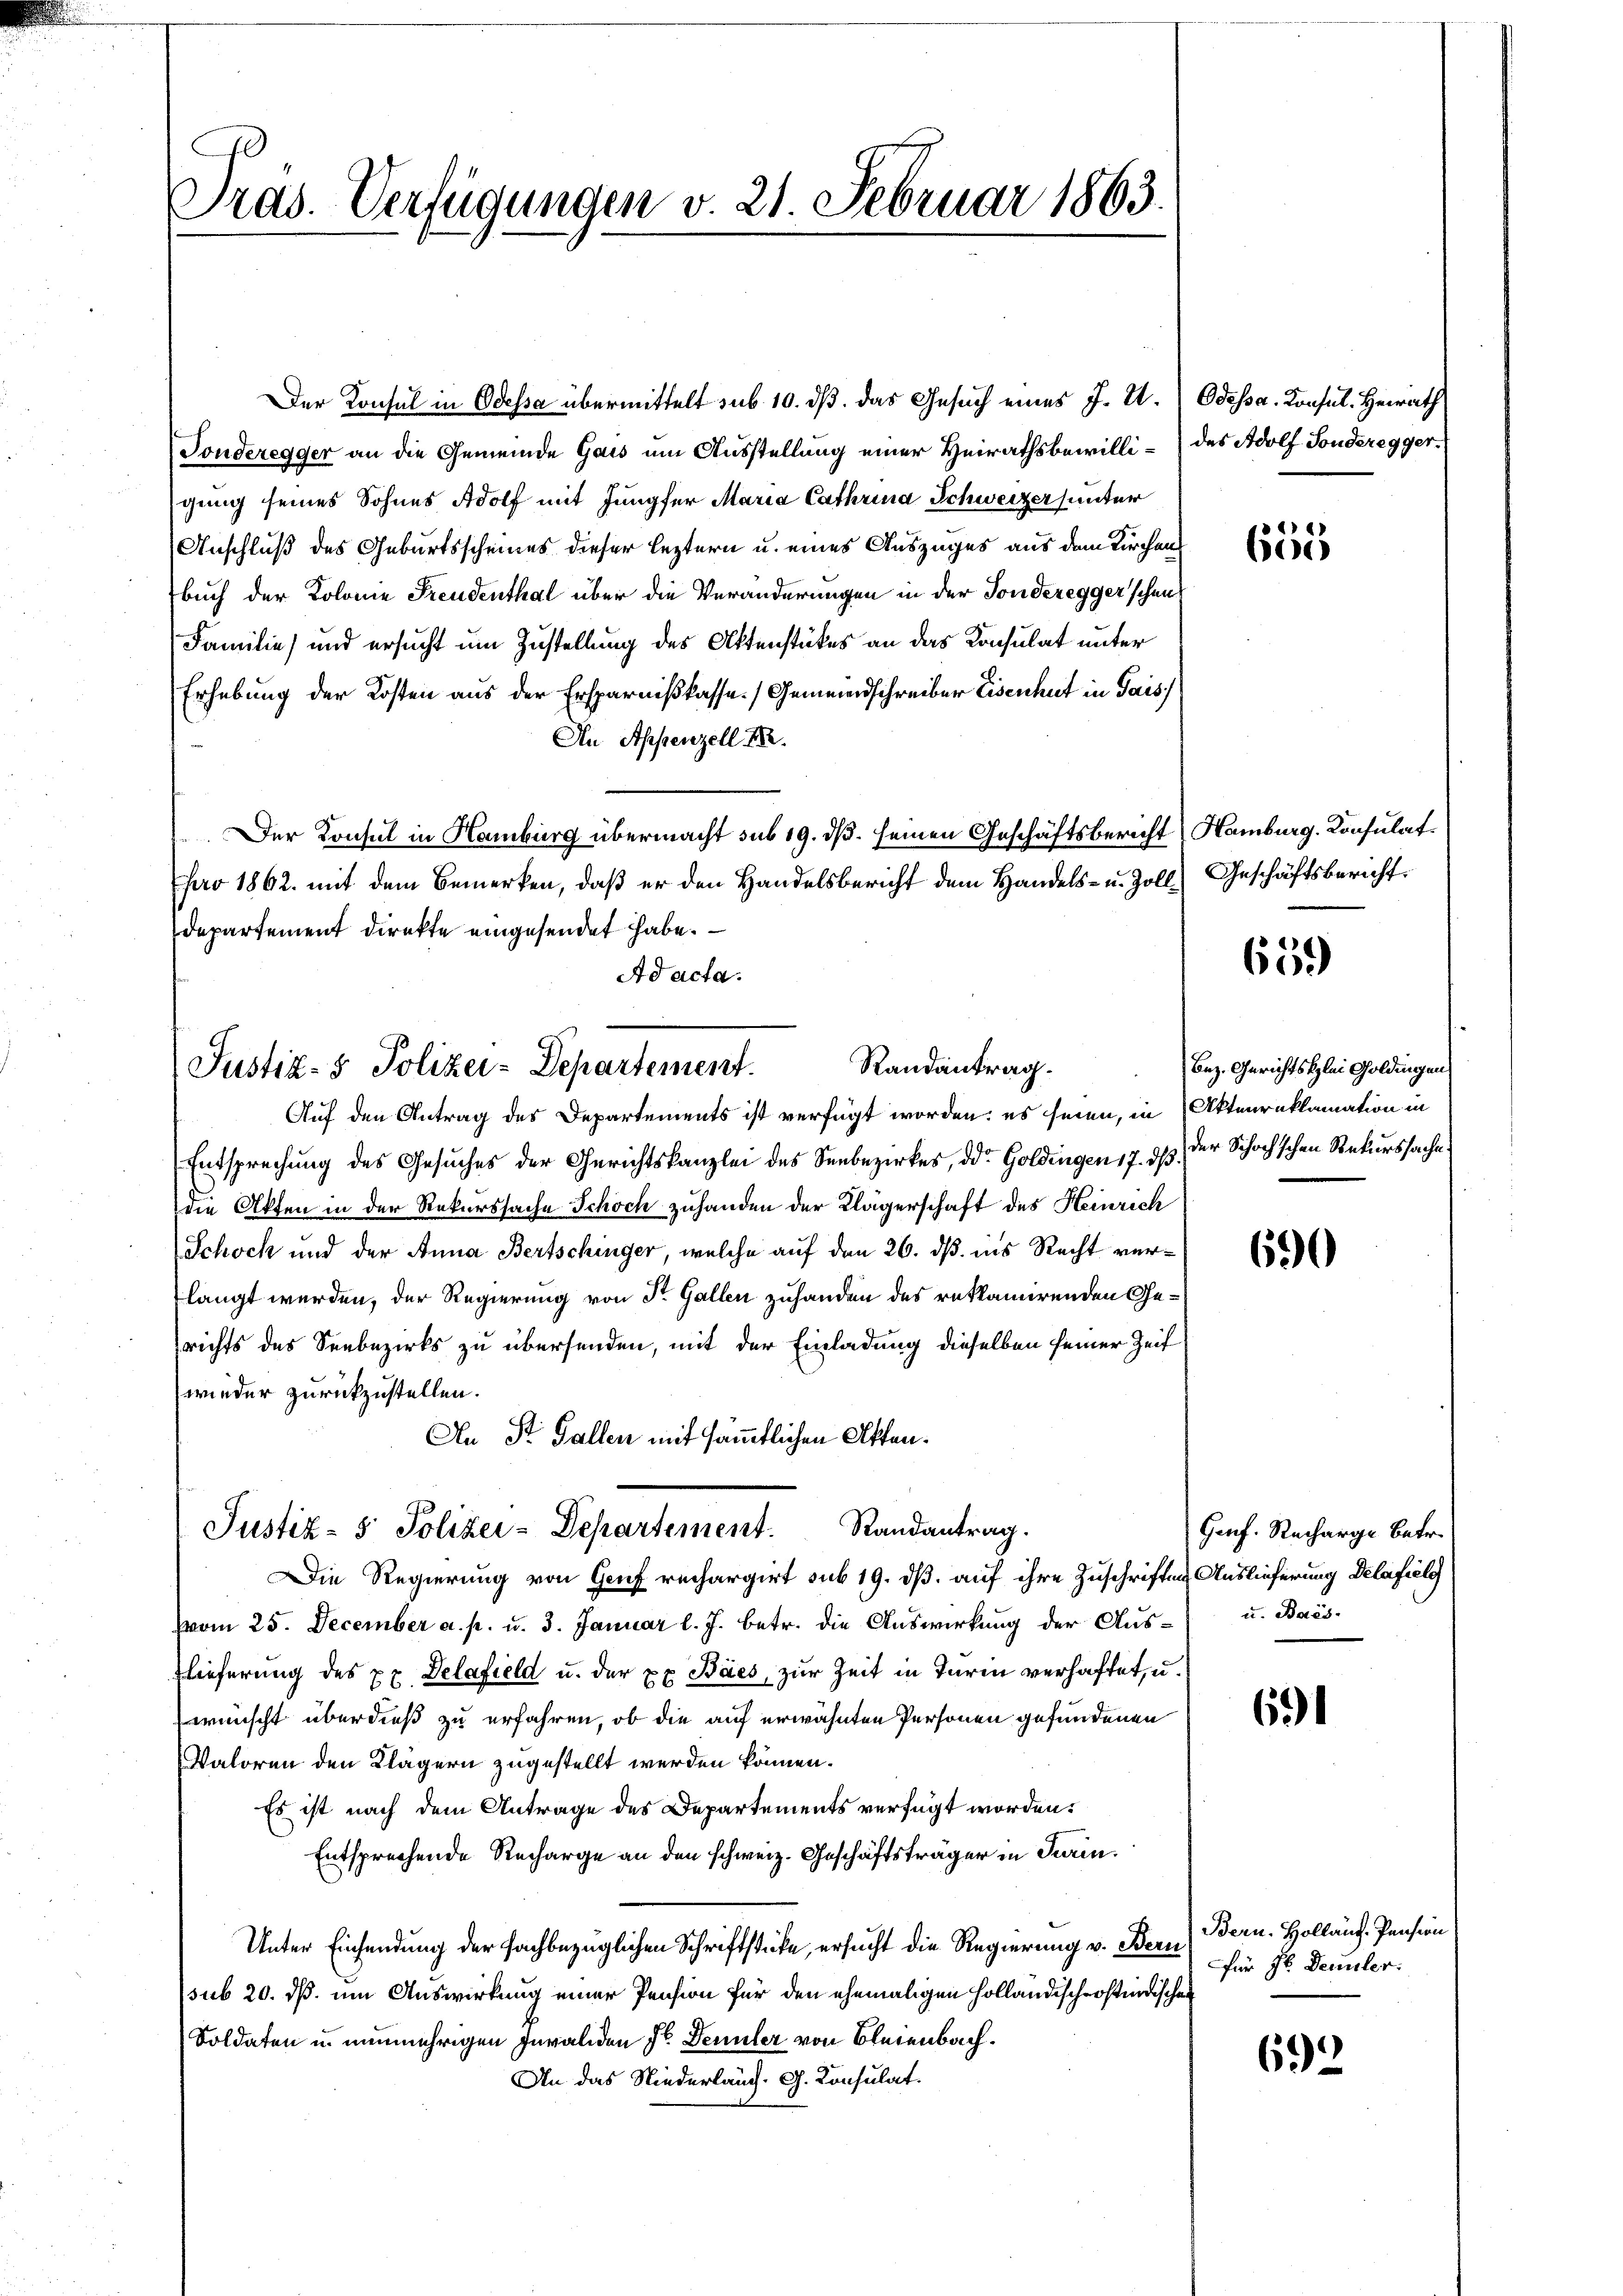
Tras. Verfügungen v. 21. Februar 1863.

DDer Konsul in Odessa übermittelt sub. 10. dß das Gesuch eines J. U.
Tonderegger an die Gemeinde Gais um Ausstellung einer Heirathsbewilligung seines Sohnes Adolf mit Jungfer Maria Cathrina Schweizer sunter
Anschluß des Geburtsscheines dieser leztern u. eines Auszuges aus dem Kirchen
buch der Kolonie Freudenthal über die Veränderungen in der Sondereggerschen
Familie und ersucht um Zustellung des Aktenstükes an das Konsulat unter
Erhebung der Kosten aus der Ersparnißkasse. Gemeindschreiber Eisenhut in Jais,
An Appenzell I.
Der Konsul in Hamburg übermacht sub 19. ds. seinen Geschäftsbericht
pro 1862. mit dem Bemerken, daß er den Handelsbericht dem Handels- u. Zoll
Departement direkte eingesendet habe.
Ad acta.
Auf den Antrag des Departements ist verfügt worden; es seien, in Aktenreklamation in
Entsprechung des Gesuches der Gerichtskanzlei des Seebezirkes, d. Goldingen 17. ds. der Schochschen Rekurssache.
die Akten in der Rekurssache Schoch zuhanden der Klägerschaft des Heinrich
Schoch und der Anna Bertschinger, welche auf den 26. dß ins Recht verlangt werden, der Regierung von Dr. Gallen zuhanden des reklamirenden Gerichts des Seebezirks zu übersenden, mit der Einladung dieselben seiner Zeit
wieder zurückzustellen.
An St. Gallen mit sämmtlichen Atten.
Justiz- & Polizei-Departement. Randantrag.
Die Regierung von Genf rechargirt sub 19. dß. auf ihre Zuschrifte
(vom 25. December a. p. u. 3. Januar l. J. betr. die Auswirkung der Auslieferung des xx Delafield u. der xx Báes, zur Zeit in Turin verhaftet, u
wünscht überdieß zu erfahren, ob die auf erwähnten Personen gefundenen
Vatoren den Klägern zugestellt werden können.
Es ist nach dem Antrage des Departements verfügt worden.
Entsprechende Recharge an den schweiz. Geschäftsträger in Turin.
Unter Einsendung der fachbezüglichen Schriftstücke, ersucht die Regierung v. Bern
sub 20. ds. um Auswirkung einer Pension für den ehemaligen Hollandischerstindischen
Soldaten u. nunmehrigen Invaliden Sr. Denuler von Bleienbach.
An das Niederlauch. G. Konsulat.

Randantrag.
Justiz- & Polizei-Departement.

Odessa. Konsul Heirath
des Adolf Sonderegger.

14)
600

Hamburg. Konsulat
2) Geschäftsbericht.

659)

Bez. Gerichtsklei Goldingen,

6

Genf. Recharge Betr.
im Auslieferung Delafiele
 u. Bars.

691

Bern. Hollaug. Pension
für Hr. Demmler.

692